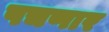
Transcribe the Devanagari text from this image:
पचणार